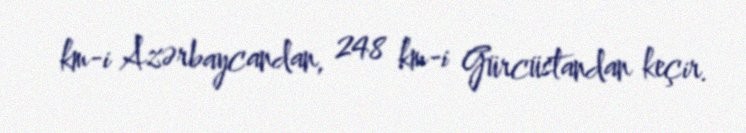
km-i Azərbaycandan, 248 km-i Gürcüstandan keçir.